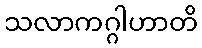
သလာကဂ္ဂါဟာတိ